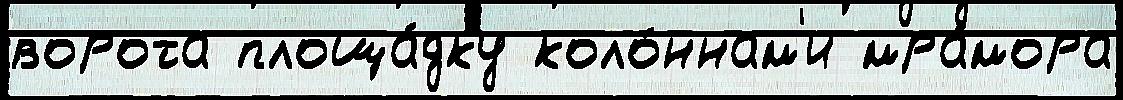
ворота площа́дку коло́ннам'и мра́мора